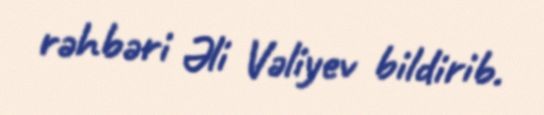
rəhbəri Əli Vəliyev bildirib.